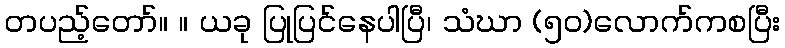
တပည့်တော်။ ။ ယခု ပြုပြင်နေပါပြီ၊ သံဃာ (၅၀)လောက်ကစပြီး